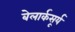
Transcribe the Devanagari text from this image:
बेलार्कसूर्य